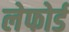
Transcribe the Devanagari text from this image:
लेफोर्ड